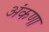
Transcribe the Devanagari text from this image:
अंकणा